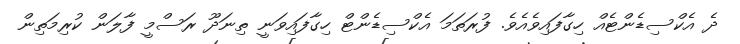
ދެ އެކްސިޑެންޓެއް ހިގާފައިވެއެވެ. ފުރަތަމަ އެކްސިޑެންޓް ހިގާފައިވަނީ ތިނަދޫ ރަސްމީ ފާލަން ކުރިމަތިން